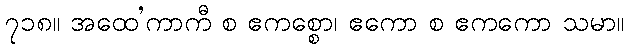
၇၁၈။ အထေ’ကာကီ စ ဧကစ္စော၊ ဧကော စ ဧကကော သမာ။